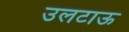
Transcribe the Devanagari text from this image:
उलटाऊ